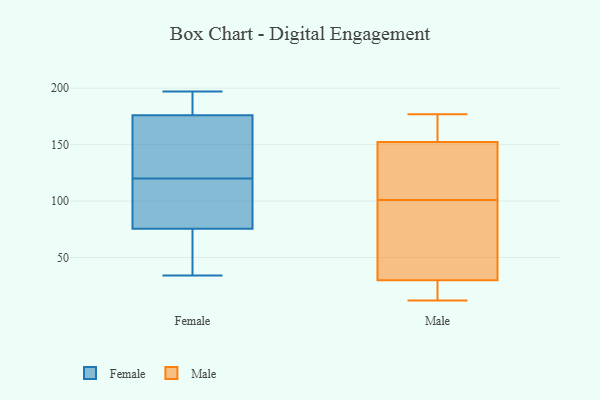
{"axis": {"x": "Satisfaction Score", "y": "Value"}, "legend": ["Female", "Male"], "data": [{"x": "", "y": 75, "type": "Female"}, {"x": "", "y": 153, "type": "Female"}, {"x": "", "y": 91, "type": "Female"}, {"x": "", "y": 106, "type": "Female"}, {"x": "", "y": 84, "type": "Female"}, {"x": "", "y": 172, "type": "Female"}, {"x": "", "y": 180, "type": "Female"}, {"x": "", "y": 185, "type": "Female"}, {"x": "", "y": 153, "type": "Female"}, {"x": "", "y": 189, "type": "Female"}, {"x": "", "y": 34, "type": "Female"}, {"x": "", "y": 197, "type": "Female"}, {"x": "", "y": 70, "type": "Female"}, {"x": "", "y": 66, "type": "Female"}, {"x": "", "y": 134, "type": "Female"}, {"x": "", "y": 76, "type": "Female"}, {"x": "", "y": 12, "type": "Male"}, {"x": "", "y": 151, "type": "Male"}, {"x": "", "y": 29, "type": "Male"}, {"x": "", "y": 159, "type": "Male"}, {"x": "", "y": 19, "type": "Male"}, {"x": "", "y": 156, "type": "Male"}, {"x": "", "y": 101, "type": "Male"}, {"x": "", "y": 144, "type": "Male"}, {"x": "", "y": 75, "type": "Male"}, {"x": "", "y": 40, "type": "Male"}, {"x": "", "y": 133, "type": "Male"}, {"x": "", "y": 177, "type": "Male"}, {"x": "", "y": 30, "type": "Male"}]}